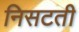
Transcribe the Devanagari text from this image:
निसटती